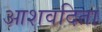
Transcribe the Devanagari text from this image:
आशवदिता